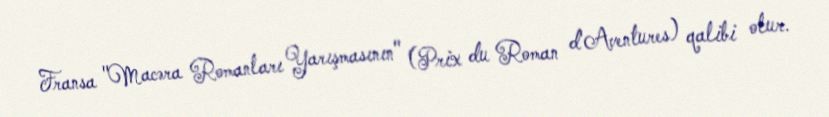
Fransa "Macəra Romanları Yarışmasının" (Prix du Roman d'Aventures) qalibi olur.